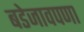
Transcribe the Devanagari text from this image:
बडेजावपणा